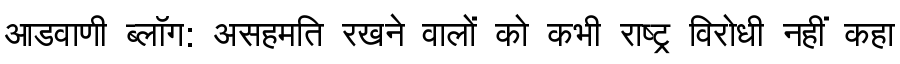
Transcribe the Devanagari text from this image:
आडवाणी ब्लॉग: असहमति रखने वालों को कभी राष्ट्र विरोधी नहीं कहा